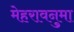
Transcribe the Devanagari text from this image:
मेहरावनुमा